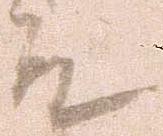
殿